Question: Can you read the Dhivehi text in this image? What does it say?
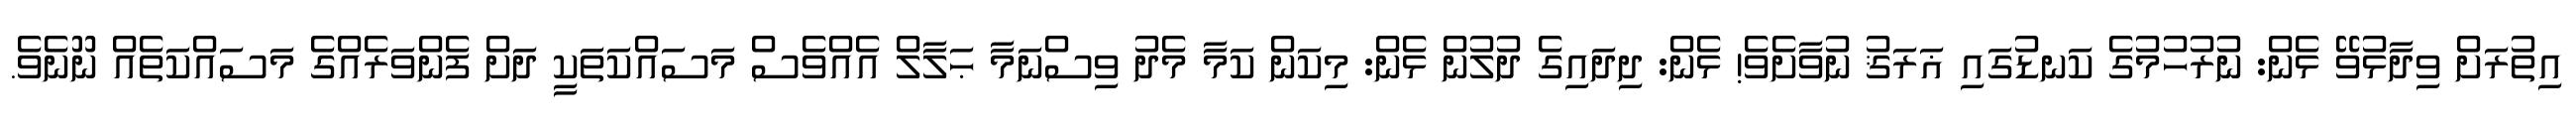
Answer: އިތުރަށް ވިދާޅުވޭ ޅެން: ނުރުހުމުގެ ކަނޑުގައި ޣަރަޤު ނުވާށެވެ! ޅެން: ދިދައިގެ ދުލުން ޅެން: މިކަން ކަމާ މެދު ވިސްނަމާ ޙަލާލް އެއްވެސް މަސައްކަތަކީ ދަށް ފެންވަރެއްގެ މަސައްކަތެއް ނޫނެވެ.